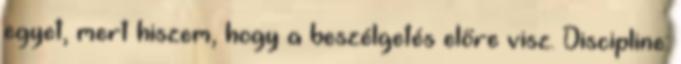
egyet, mert hiszem, hogy a beszélgetés előre visz. Discipline: